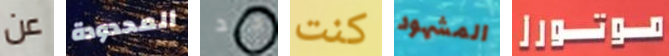
عن المحدودة جيد كنت المشهود موتورز